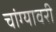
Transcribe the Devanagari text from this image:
चांग्यावरी